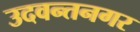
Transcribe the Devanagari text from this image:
उदवन्तनगर